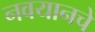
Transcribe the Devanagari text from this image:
नवयानचे